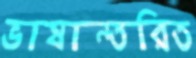
ভাষান্তরিত